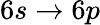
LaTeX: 6s\rightarrow 6p